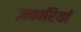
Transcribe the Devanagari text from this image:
ज़कारियां